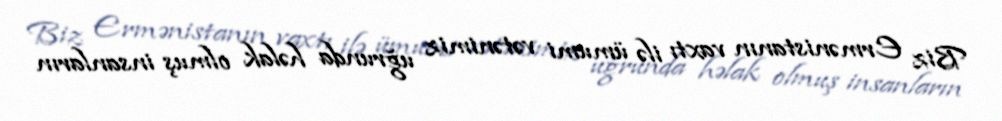
Biz Ermənistanın vaxtı ilə ümumi vətənimiz uğrunda həlak olmuş insanların